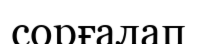
сорғалап